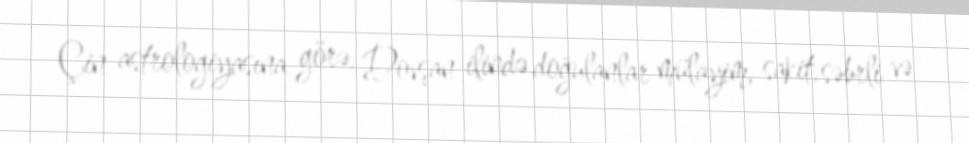
Çin astrologiyasına görə, Dovşan ilində doğulanlar mülayim, sakit, səbrli və